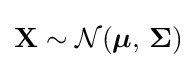
\mathbf {X} \sim {\mathcal {N}}({\boldsymbol {\mu }},\,{\boldsymbol {\Sigma }})